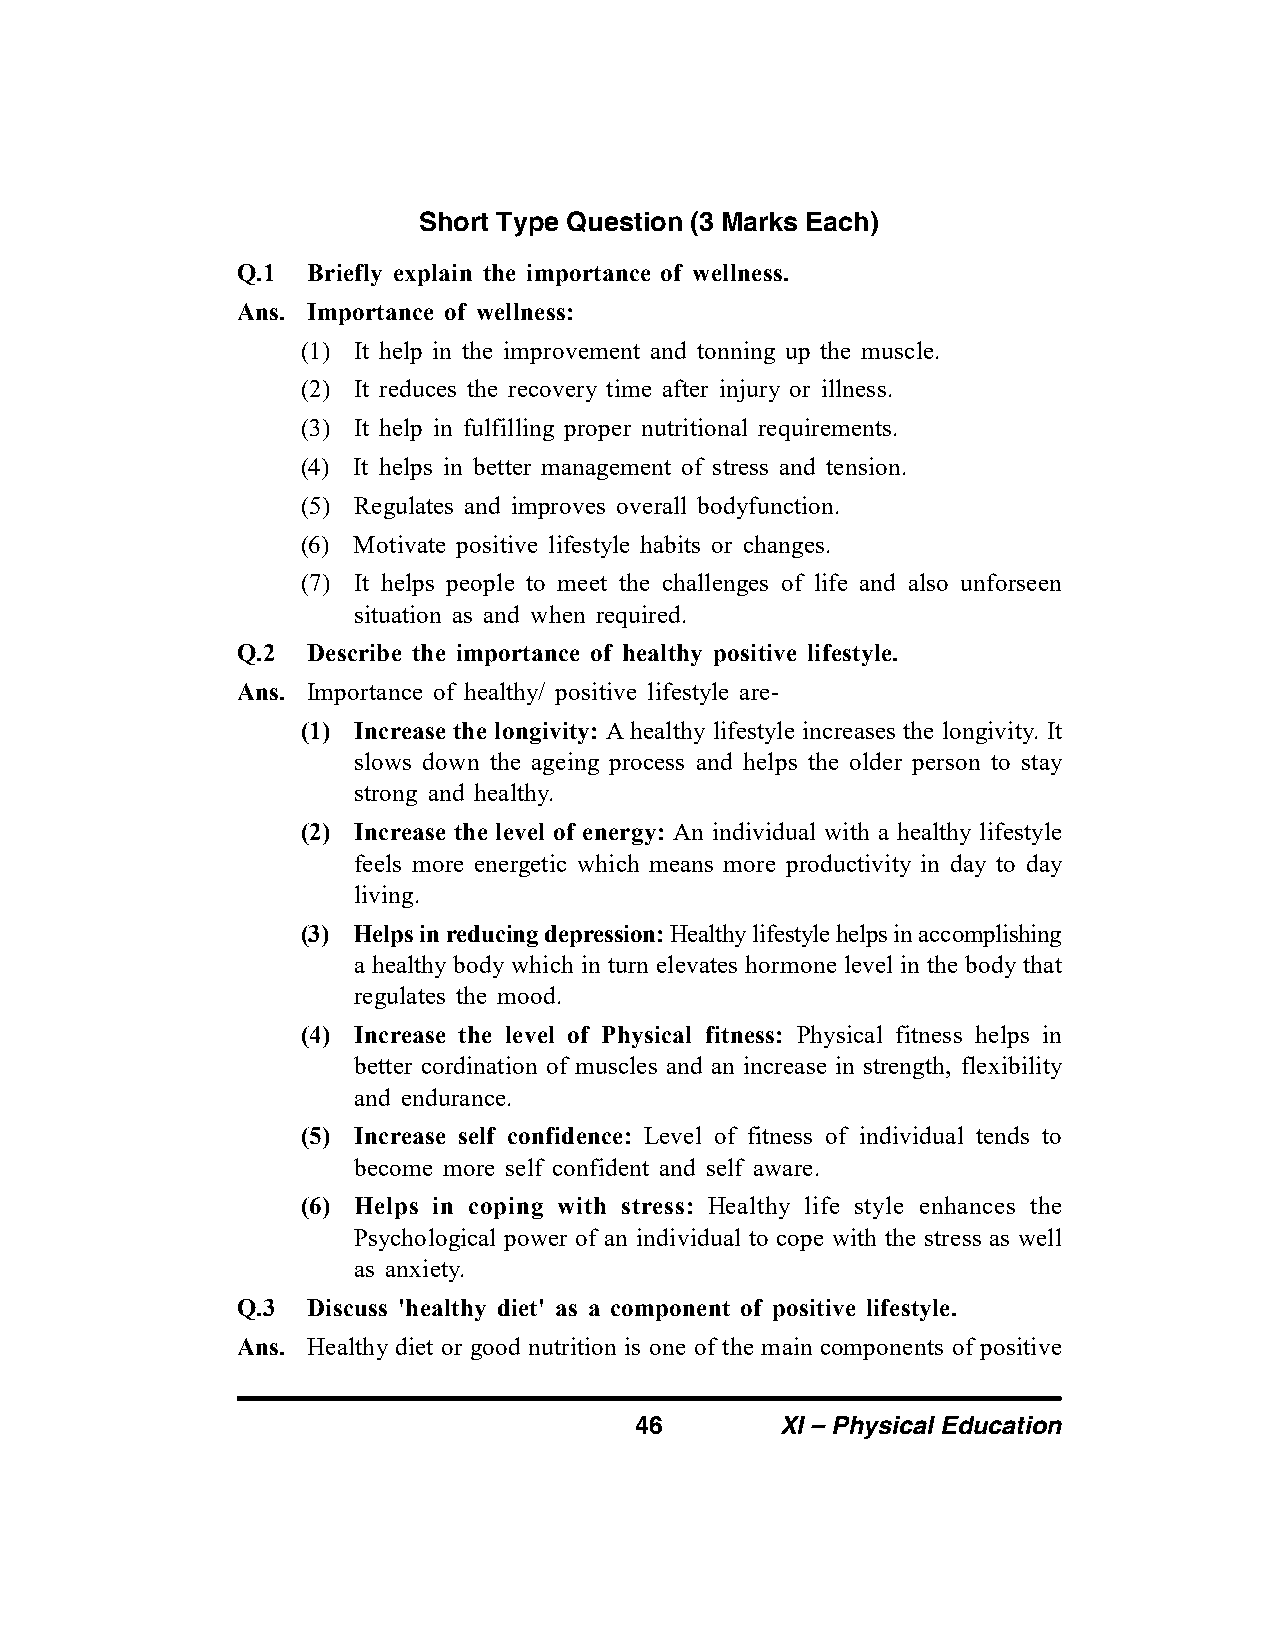
Short Type Question (3 Marks Each)
 Q.1 Briefly explain the importance of wellness.
 Ans. Importance of wellness:
 (1) It help in the improvement and tonning up the muscle.
 (2) It reduces the recovery time after injury or illness.
 (3) It help in fulfilling proper nutritional requirements.
 (4) It helps in better management of stress and tension.
 (5) Regulates and improves overall bodyfunction.
 (6) Motivate positive lifestyle habits or changes.
 (7) It helps people to meet the challenges of life and also unforseen
 situation as and when required.
 Q.2 Describe the importance of healthy positive lifestyle.
 Ans. Importance of healthy/ positive lifestyle are-
 (1) Increase the longivity: A healthy lifestyle increases the longivity. It
 slows down the ageing process and helps the older person to stay
 strong and healthy.
 (2) Increase the level of energy: An individual with a healthy lifestyle
 feels more energetic which means more productivity in day to day
 living.
 (3) Helps in reducing depression: Healthy lifestyle helps in accomplishing
 a healthy body which in turn elevates hormone level in the body that
 regulates the mood.
 (4) Increase the level of Physical fitness: Physical fitness helps in
 better cordination of muscles and an increase in strength, flexibility
 and endurance.
 (5) Increase self confidence: Level of fitness of individual tends to
 become more self confident and self aware.
 (6) Helps in coping with stress: Healthy life style enhances the
 Psychological power of an individual to cope with the stress as well
 as anxiety.
 Q.3 Discuss 'healthy diet' as a component of positive lifestyle.
 Ans. Healthy diet or good nutrition is one of the main components of positive
 46        XI – Physical Education